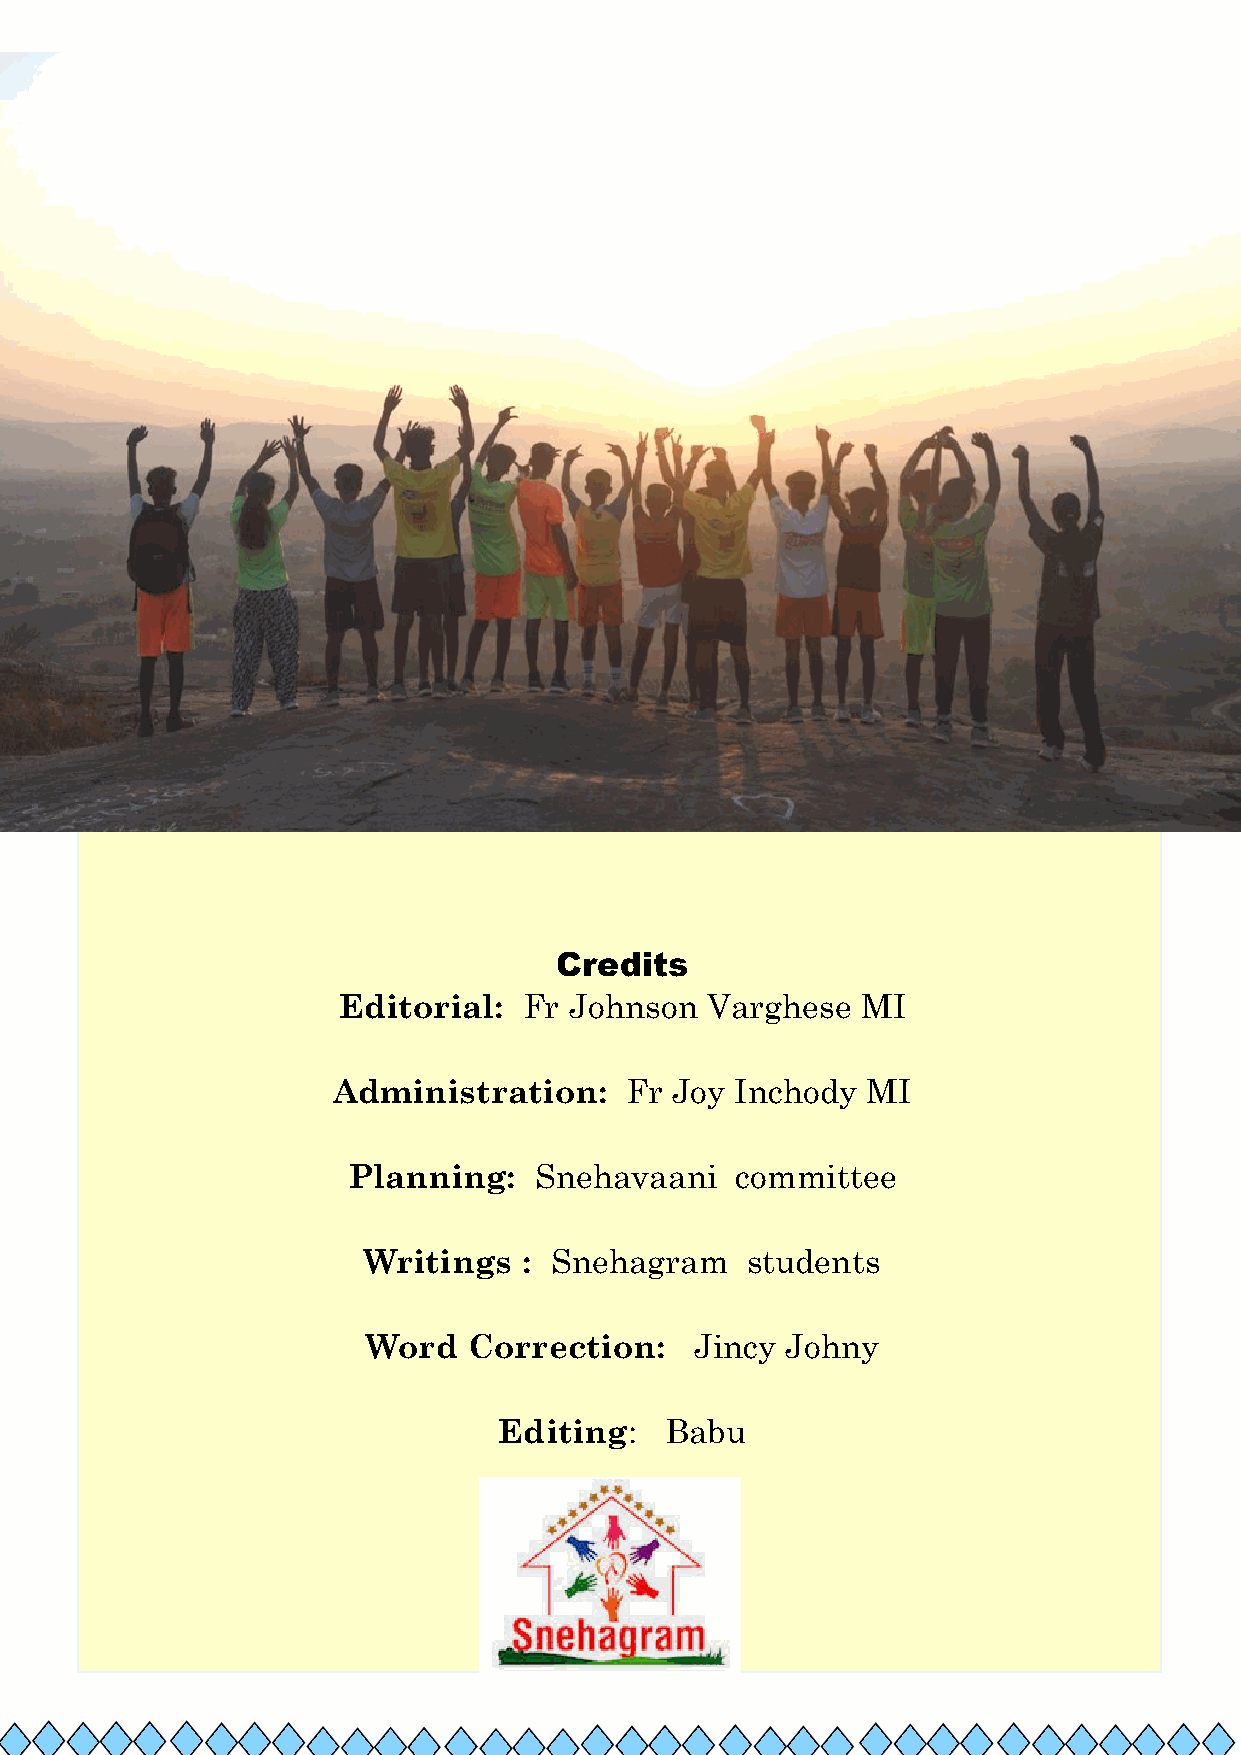
Credits
 Editorial:   Fr Johnson  Varghese  MI
 Administration:    Fr Joy  Inchody MI
 Planning:   Snehavaani    committee
 Writings   : Snehagram   students
 Word   Correction:    Jincy Johny
 Editing:   Babu